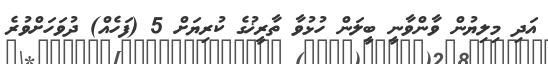
އަދި މިލިޔުން ވާންވާނީ ބީލަން ހުޅުވާ ތާރީޚުގެ ކުރިޔަށް 5 (ފަހެއް) ދުވަހަށްވުރެ